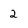
Character: 2